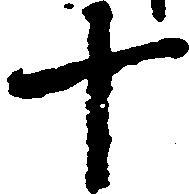
十